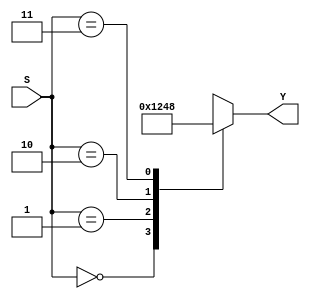
`timescale 1ns / 1ps
//////////////////////////////////////////////////////////////////////////////////
// Company: 
// Engineer: 
// 
// Design Name: 
// Module Name: decoder
// Project Name: 
// Target Devices: 
// Tool Versions: 
// Description: 
// 
// Dependencies: 
// 
// Revision:
// Revision 0.01 - File Created
// Additional Comments:
// 
//////////////////////////////////////////////////////////////////////////////////


module decoder(Y,S);
output reg [3:0] Y;
input [1:0] S;
always @ *
begin
case(S)
2'b00:Y=4'b0001;//for 00 we get output as 0001
2'b01:Y=4'b0010;//for 01 we get output as 0010
2'b10:Y=4'b0100;//for 10 we get output as 0100
2'b11:Y=4'b1000;//for 11 we get output as 1000
default: Y=4'b0000;
endcase
end
endmodule